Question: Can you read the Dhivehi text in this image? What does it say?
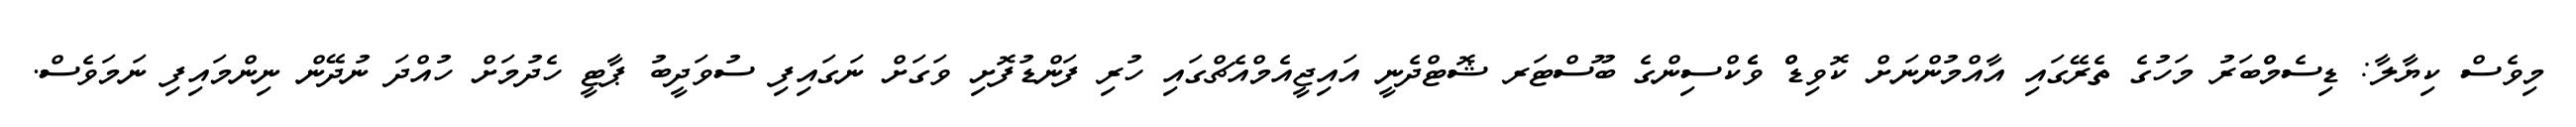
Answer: މިވެސް ކިޔާލާ: ޑިސެމްްބަރު މަހުގެ ތެރޭގައި އާއްމުންނަށް ކޮވިޑްް ވެެކްސިންގެ ބޫސްޓަރ ޝޮޓްދެނީ އައިޖީއެމްއެޗްގައި ހުރި ފަންޑުފޮށި ވަގަށް ނަގައިފި ސުވަދީބު ޕާޓީ ހެދުމަށް ހުއްދަ ނުދޭން ނިންމައިފި ނަމަވެސް.